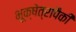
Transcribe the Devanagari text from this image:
भूक्षेत्रापैकी